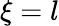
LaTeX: \xi=l